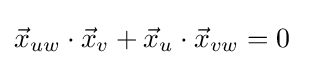
{\vec {x}}_{uw}\cdot {\vec {x}}_{v}+{\vec {x}}_{u}\cdot {\vec {x}}_{vw}=0\;